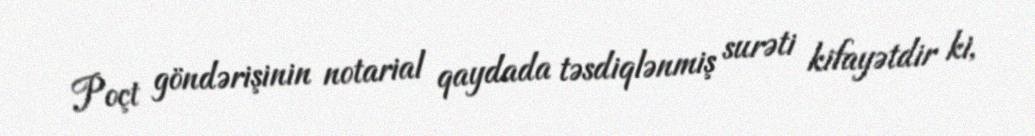
Poçt göndərişinin notarial qaydada təsdiqlənmiş surəti kifayətdir ki,